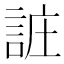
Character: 𲁩